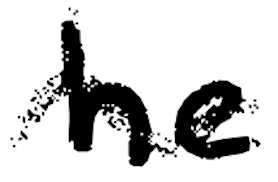
Text: he
Cross-out: wave
Writing tool: digital_black